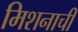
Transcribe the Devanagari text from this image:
मिशनाची